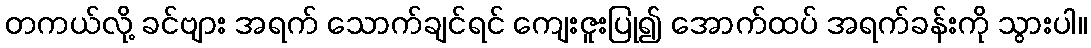
တကယ်လို့ ခင်ဗျား အရက် သောက်ချင်ရင် ကျေးဇူးပြု၍ အောက်ထပ် အရက်ခန်းကို သွားပါ။